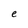
Character: e